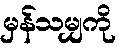
မှန်သမျှကို